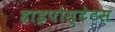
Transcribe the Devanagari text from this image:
हाइपोस्टेटस